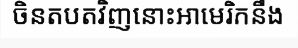
ចិនតបតវិញនោះអាមេរិកនឹង